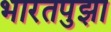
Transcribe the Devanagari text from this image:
भारतपुझा